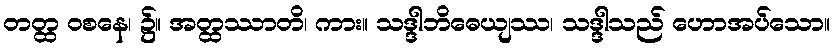
တတ္ထ ဝစနေ၊ ၌။ အတ္ထဿာတိ၊ ကား။ သဒ္ဒါဘိဓေယျဿ၊ သဒ္ဒါသည် ဟောအပ်သော။